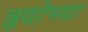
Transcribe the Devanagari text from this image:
त्रूदोच्या